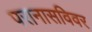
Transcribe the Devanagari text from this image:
परानासविवर